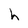
Character: h